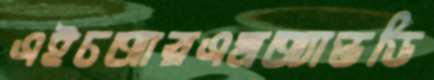
এইচআরএমঅ্যান্ডডি